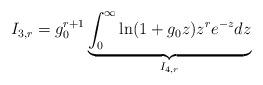
LaTeX: \begin{align*}I_{3,r}=g_0^{r+1}\underbrace{\int_{0}^{\infty}\ln(1+g_0z)z^re^{-z}dz}_{I_{4,r}}\end{align*}